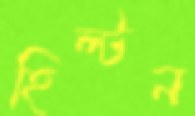
হিল্টন